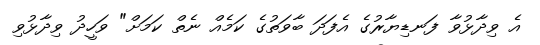
އެ ވިދާޅުވާ ފަނޑިޔާރުގެ އެފަދަ ބާވަތުގެ ކަމެއް ނެތް ކަމަށް" ވަހީދު ވިދާޅުވި